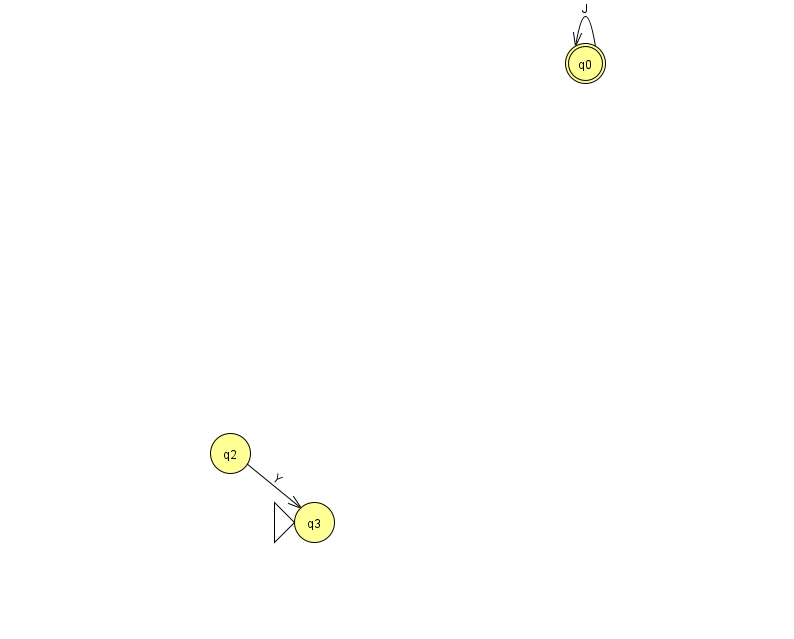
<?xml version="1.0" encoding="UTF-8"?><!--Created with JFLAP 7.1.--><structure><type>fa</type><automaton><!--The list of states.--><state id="0" name="q0"><x>585.0</x><y>50.0</y><final/></state><state id="2" name="q2"><x>230.0</x><y>440.0</y></state><state id="3" name="q3"><x>314.0</x><y>509.0</y><initial/></state><!--The list of transitions.--><transition><from>2</from><to>3</to><read>Y</read></transition><transition><from>0</from><to>0</to><read>J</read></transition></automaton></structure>